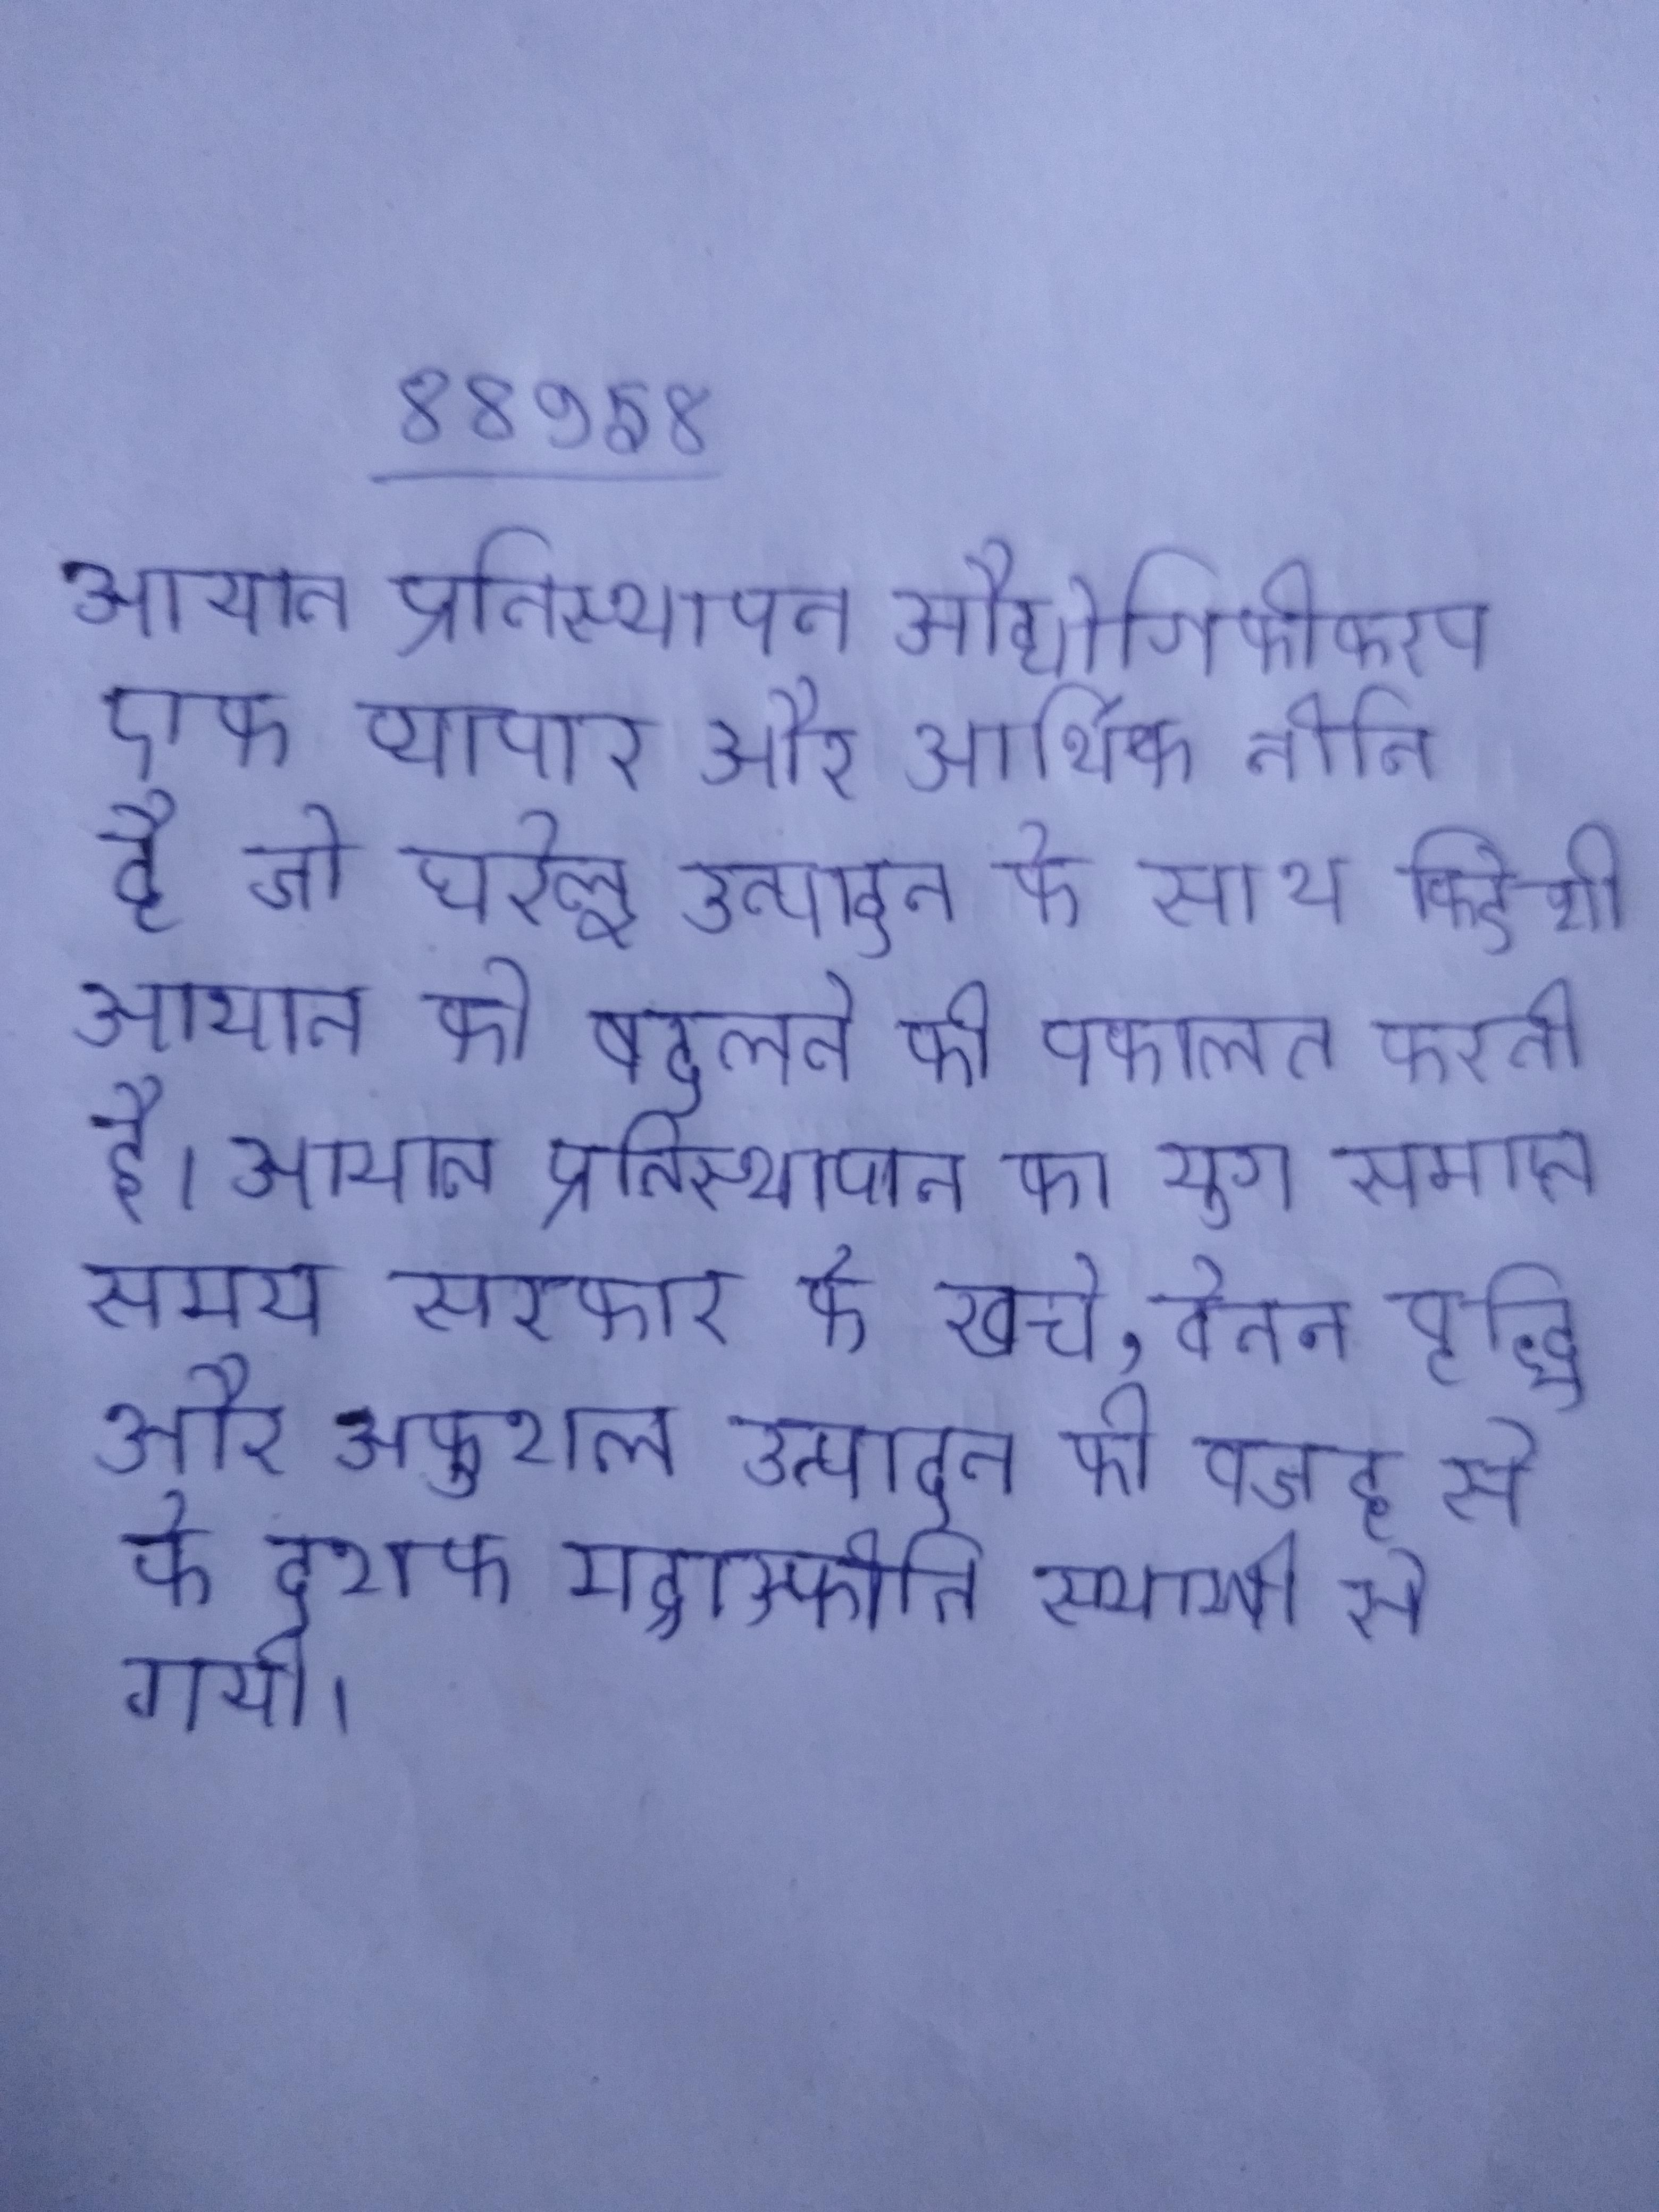
आयात प्रतिस्थापन औद्योगिकीकरण एक व्यापार और आर्थिक नीति है जो घरेलू उत्पादन के साथ विदेशी आयात को बदलने की वकालत करती है । आयात प्रतिस्थापन का युग समाप्त हो गया, लेकिन उसी समय सरकार के खर्च, वेतन वृद्धि और अकुशल उत्पादन की वजह से के दशक मुद्रास्फीति स्थायी रूप से गयी ।